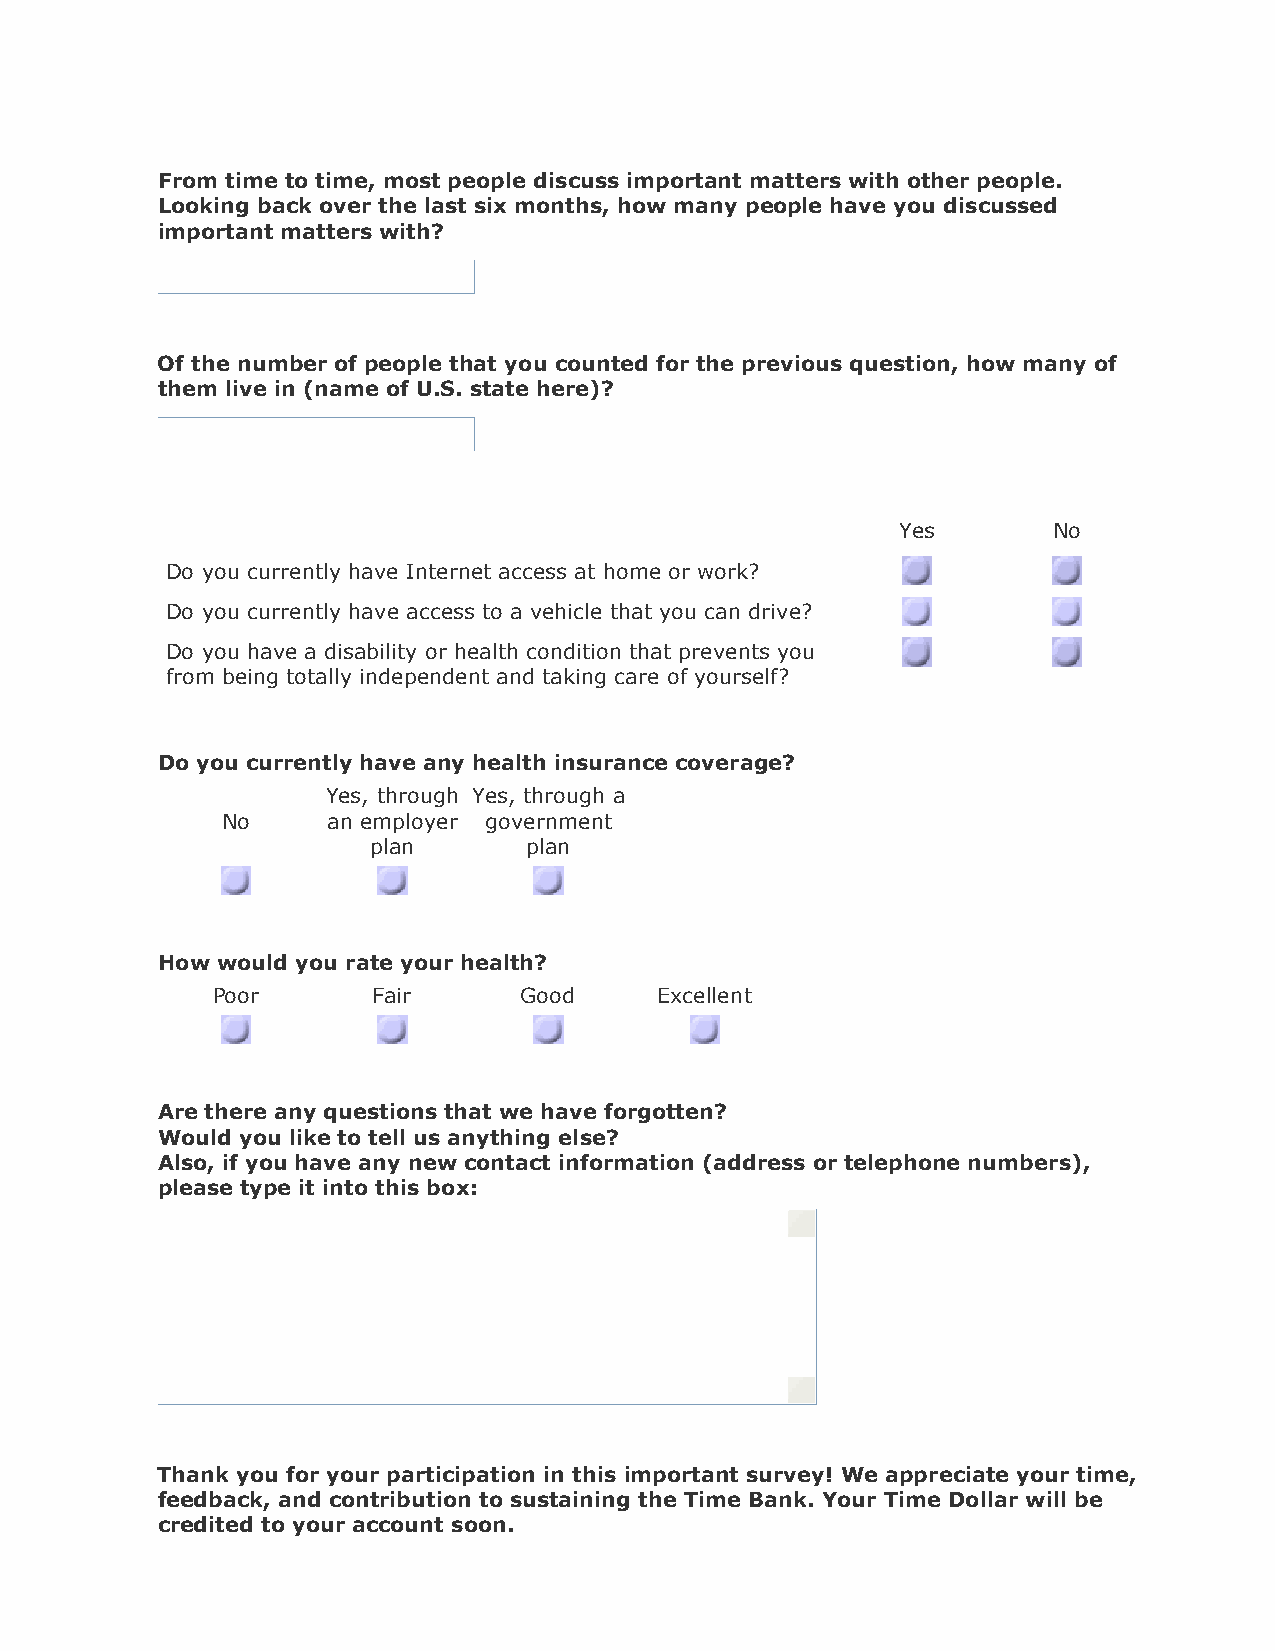
From time to time, most people discuss important matters with other people.
 Looking back over the last six months, how many people have you discussed
 important matters with?
 Of the number of people that you counted for the previous question, how many of
 them live in (name of U.S. state here)?
 Yes       No
 Do you currently have Internet access at home or work?
 Do you currently have access to a vehicle that you can drive?
 Do you have a disability or health condition that prevents you
 from being totally independent and taking care of yourself?
 Do you currently have any health insurance coverage?
 Yes, through Yes, through a
 No     an employer government
 plan      plan
 How would you rate your health?
 Poor       Fair      Good     Excellent
 Are there any questions that we have forgotten?
 Would you like to tell us anything else?
 Also, if you have any new contact information (address or telephone numbers),
 please type it into this box:
 Thank you for your participation in this important survey! We appreciate your time,
 feedback, and contribution to sustaining the Time Bank. Your Time Dollar will be
 credited to your account soon.